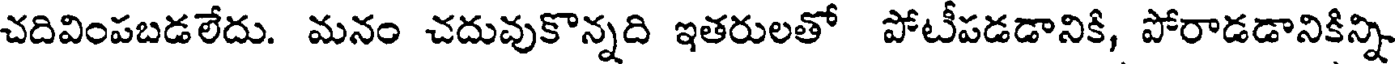
చదివింపబడలేదు. మనం చదువుకొన్నది ఇతరులతో పోటీపడడానికి, పోరాడడానికిన్ని